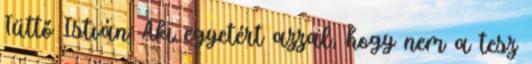
Tüttő István: Aki egyetért azzal, hogy nem a tesz